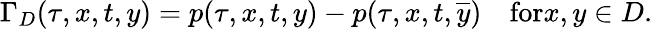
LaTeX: \Gamma_{D}(\tau,x,t,y)=p(\tau,x,t,y)-p(\tau,x,t,\overline{{y}})\quad\textrm{for}x,y\in D.